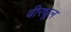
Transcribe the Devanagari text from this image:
वीरधूल